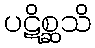
ပဋိစ္ဆသိ